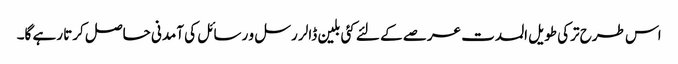
اس طرح ترکی طویل المدت عرصے کے لئے کئی بلین ڈالر رسل و رسائل کی آمدنی حاصل کرتا رہے گا۔